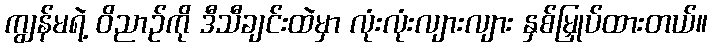
ကျွန်မရဲ့ ဝိညာဉ်ကို ဒီသီချင်းထဲမှာ လုံးလုံးလျားလျား နှစ်မြှုပ်ထားတယ်။